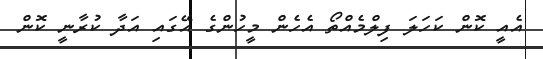
އެއީ ކޮން ކަހަލަ ފިލްމެއްތޯ އެހެން މީހުންގެ އޭގައި އަދާ ކުރާނީ ކޮން